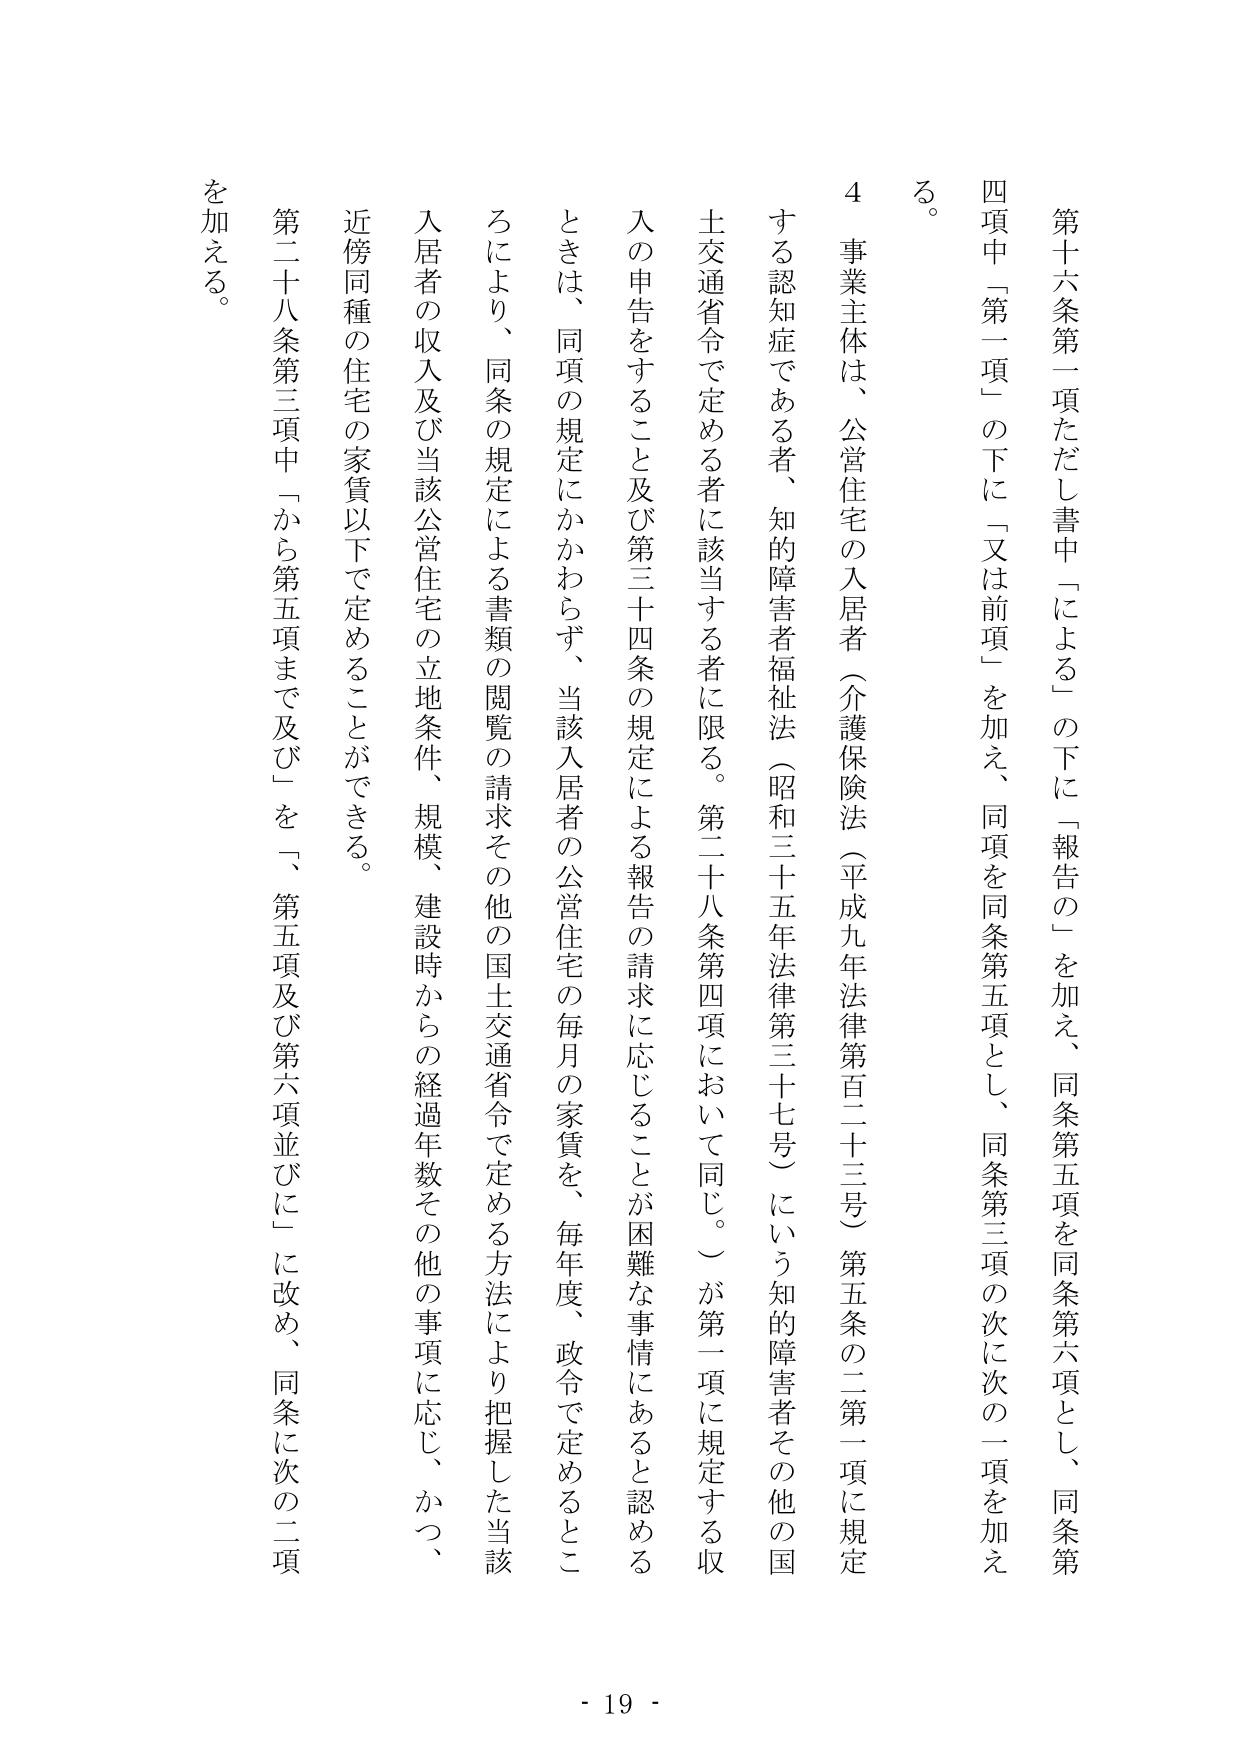
第十六条第一項ただし書中「による」の下に「報告の」を加え、同条第五項を同条第六項とし、同条第四項中「第一項」の下に「又は前項」を加え、同項を同条第五項とし、同条第三項の次に次の一項を加える。

４ 事業主体は、公営住宅の入居者（介護保険法（平成九年法律第百二十三号）第五条の二第一項に規定する認知症である者、知的障害者福祉法（昭和三十五年法律第三十七号）にいう知的障害者その他の国土交通省令で定める者に該当する者に限る。第二十八条第四項において同じ。）が第一項に規定する収入の申告をすること及び第三十四条の規定による報告の請求に応じることが困難な事情にあると認めるときは、同項の規定にかかわらず、当該入居者の公営住宅の毎月の家賃を、毎年度、政令で定めるところにより、同条の規定による書類の閲覧の請求その他の国土交通省令で定める方法により把握した当該入居者の収入及び当該公営住宅の立地条件、規模、建設時からの経過年数その他の事項に応じ、かつ、近傍同種の住宅の家賃以下で定めることができる。

第二十八条第三項中「から第五項まで及び」を「、第五項及び第六項並びに」に改め、同条に次の二項を加える。

- 19 -